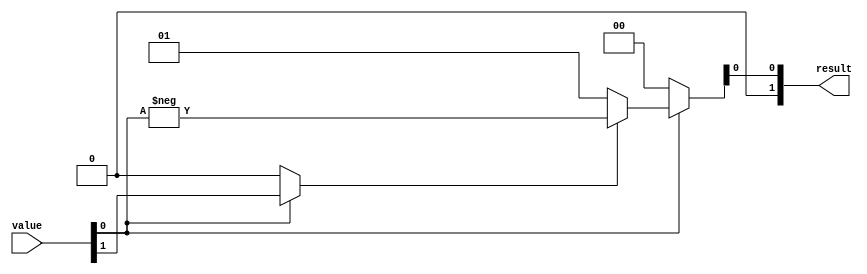
module ones_extend(
    input [(IN_WIDTH-1):0]        value,
    output wire [(OUT_WIDTH-1):0] result);
   
   parameter IN_WIDTH = 2;
   parameter OUT_WIDTH = 2;

   //Determine magnitude.
   wire [(IN_WIDTH-2):0] mag;
   assign mag = value[(IN_WIDTH-2):0];

   wire zero;
   assign zero = mag=={IN_WIDTH{1'b0}};

   //Determine input sign.
   wire sign;
   assign sign = zero ? 1'b0 : value[IN_WIDTH-1];

   //Convert input to two's complement.
   wire [(IN_WIDTH-1):0] value2c;
   assign value2c = zero ? {IN_WIDTH{1'b0}} :
                    sign ? -mag :
                    mag;

   //Sign-extend to output.
   assign result[(IN_WIDTH-1):0] = value2c;
   assign result[(OUT_WIDTH-1):(IN_WIDTH)] = {(OUT_WIDTH-IN_WIDTH){sign}};
endmodule